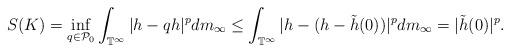
LaTeX: \begin{align*}S(K)=\inf_{q\in \mathcal{P}_0}\int_{\mathbb{T}^\infty}|h-qh|^p dm_{\infty}\leq\int_{\mathbb{T}^\infty}|h-(h-\tilde{h}(0))|^p dm_{\infty}=|\tilde{h}(0)|^p.\end{align*}